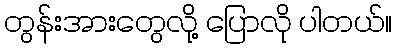
တွန်းအားတွေလို့ ပြောလို ပါတယ်။